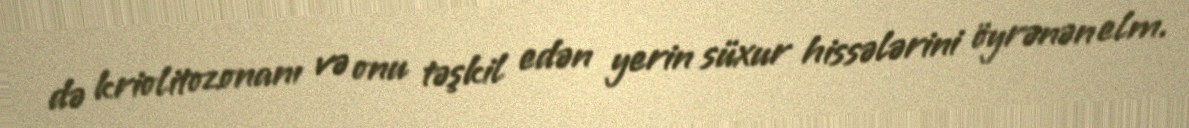
də kriolitozonanı və onu təşkil edən yerin süxur hissələrini öyrənən elm.